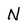
Character: N